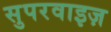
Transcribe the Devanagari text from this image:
सुपरवाइज़